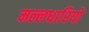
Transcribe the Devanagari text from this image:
मल्लधारियों